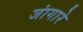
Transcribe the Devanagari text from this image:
जांगारे